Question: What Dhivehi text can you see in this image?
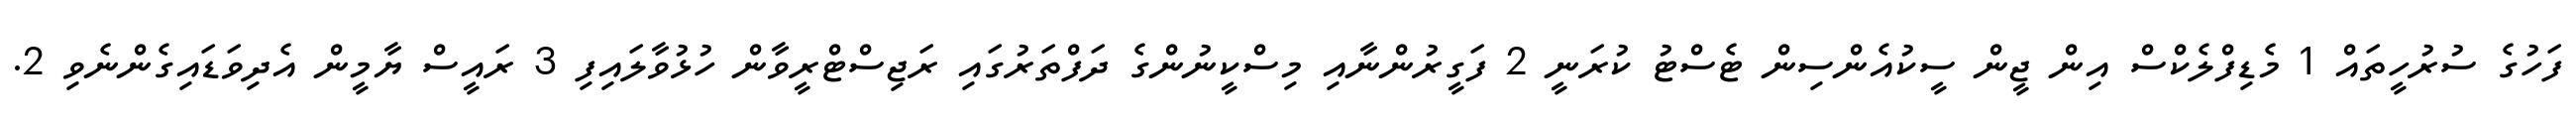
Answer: ފަހުގެ ސުރުހީތައް 1 މެޑިފްލެކްސް އިން ޖީން ސީކުއެންސިން ޓެސްޓު ކުރަނީ 2 ފަގީރުންނާއި މިސްކީނުންގެ ދަފްތަރުގައި ރަޖިސްޓްރީވާން ހުޅުވާލައިފި 3 ރައީސް ޔާމީން އެދިވަޑައިގެންނެވި 2.